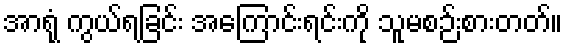
အာရုံ ကွယ်ရခြင်း အကြောင်းရင်းကို သူမစဉ်းစားတတ်။